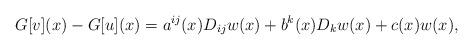
LaTeX: \begin{align*} G[v](x)-G[u](x)=a^{ij}(x)D_{ij} w(x)+b^k(x)D_kw(x) +c(x)w(x) ,\end{align*}